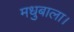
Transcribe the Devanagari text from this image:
मधुबाला।